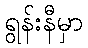
ရွန်းနီမှာ